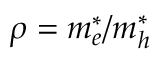
\rho = m _ { e } ^ { * } / m _ { h } ^ { * }